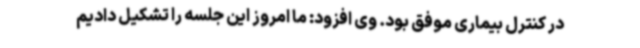
در کنترل بیماری موفق بود. وی افزود: ما امروز این جلسه را تشکیل دادیم